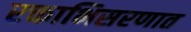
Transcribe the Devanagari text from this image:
रक्ताभिसरणात